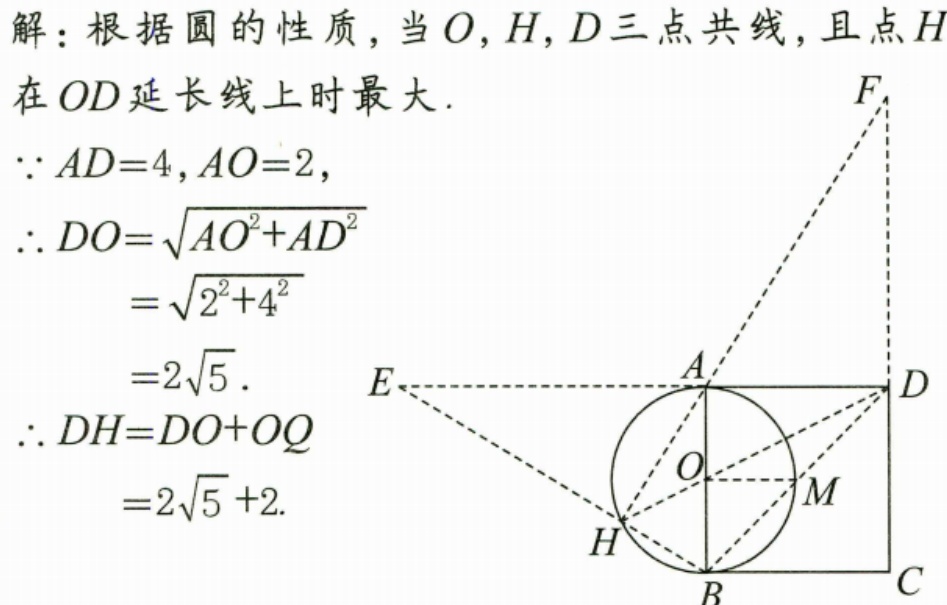
解：根据圆的性质，当\(O,H,D\)三点共线，且点\(H\)在\(OD\)延长线上时最大.
\(\because AD = 4,AO = 2\)，
\(\therefore DO=\sqrt{AO^{2}+AD^{2}}\)
\(=\sqrt{2^{2}+4^{2}}\)
\(=2\sqrt{5}\).
\(\therefore DH=DO + OQ\)
\(=2\sqrt{5}+2\).